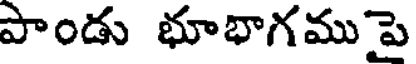
పాండు భూభాగముపై